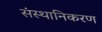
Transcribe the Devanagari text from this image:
संस्थानिकरण